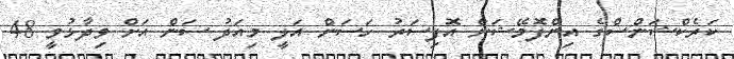
ކަރެކްޝަންސްގެ އިންފޮމޭޝަން އޮފިސަރު ހަސަން އަލީ މިއަދު ސަން އަށް ވިދާޅުވީ 48